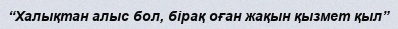
“Халықтан алыс бол, бірақ оған жақын қызмет қыл”